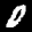
Label: 0